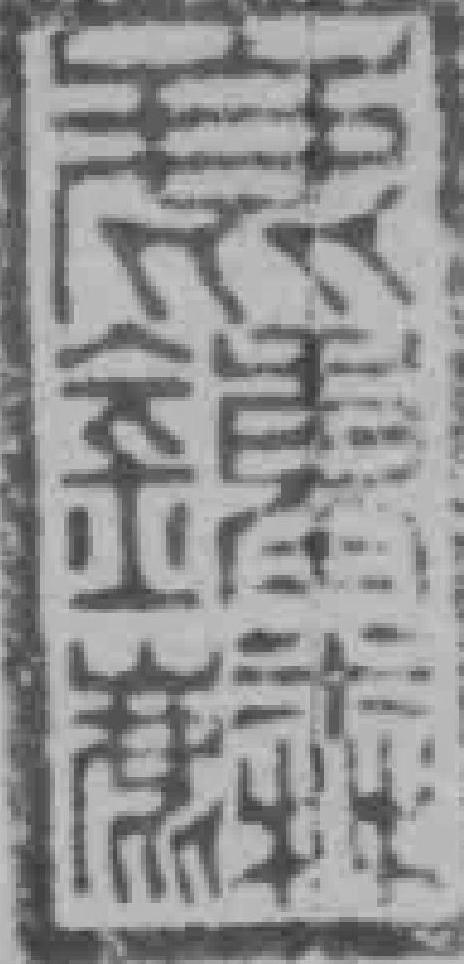
*鍾*